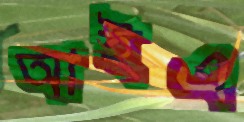
আইএ